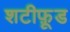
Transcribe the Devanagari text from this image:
शटीफ़ूड